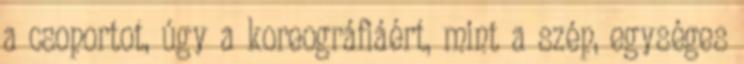
a csoportot, úgy a koreográfiáért, mint a szép, egységes